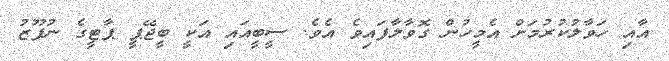
އާއި ހަވާލުކުރުމަށް އެމީހުން ގޮވާލާފައިވެ އެވެ. ސީބީއައި އަކީ ބީޖޭޕީ ޕާޓީގެ ނުފޫޒު